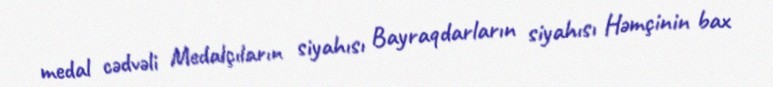
medal cədvəli Medalçıların siyahısı Bayraqdarların siyahısı Həmçinin bax